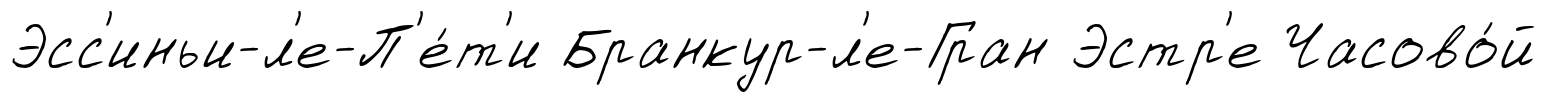
Эсс'иньи-л'е-П'е́т'и Бранкур-л'е-Гран Эстр'е Часово́й